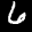
Label: 6